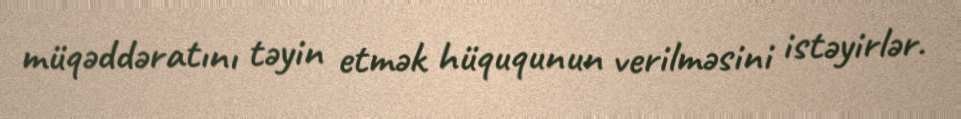
müqəddəratını təyin etmək hüququnun verilməsini istəyirlər.